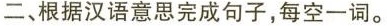
二、根据汉语意思完成句子，每空一词。